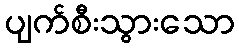
ပျက်စီးသွားသော